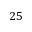
2 5